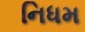
નિધમ